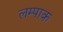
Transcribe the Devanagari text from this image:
लम्पाक